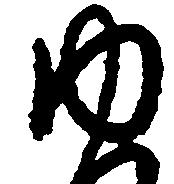
ゆ